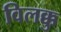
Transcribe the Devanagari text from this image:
विलक्कु